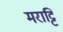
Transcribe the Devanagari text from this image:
मराट्टि